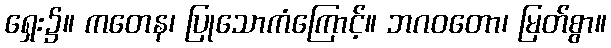
ရှေး၌။ ကတေန၊ ပြုသောကံကြောင့်။ ဘဂဝတော၊ မြတ်စွာ။